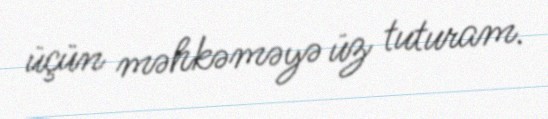
üçün məhkəməyə üz tuturam.